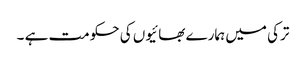
ترکی میں ہمارے بھائیوں کی حکومت ہے ۔